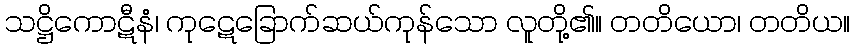
သဋ္ဌိကောဋီနံ၊ ကုဋေခြောက်ဆယ်ကုန်သော လူတို့၏။ တတိယော၊ တတိယ။